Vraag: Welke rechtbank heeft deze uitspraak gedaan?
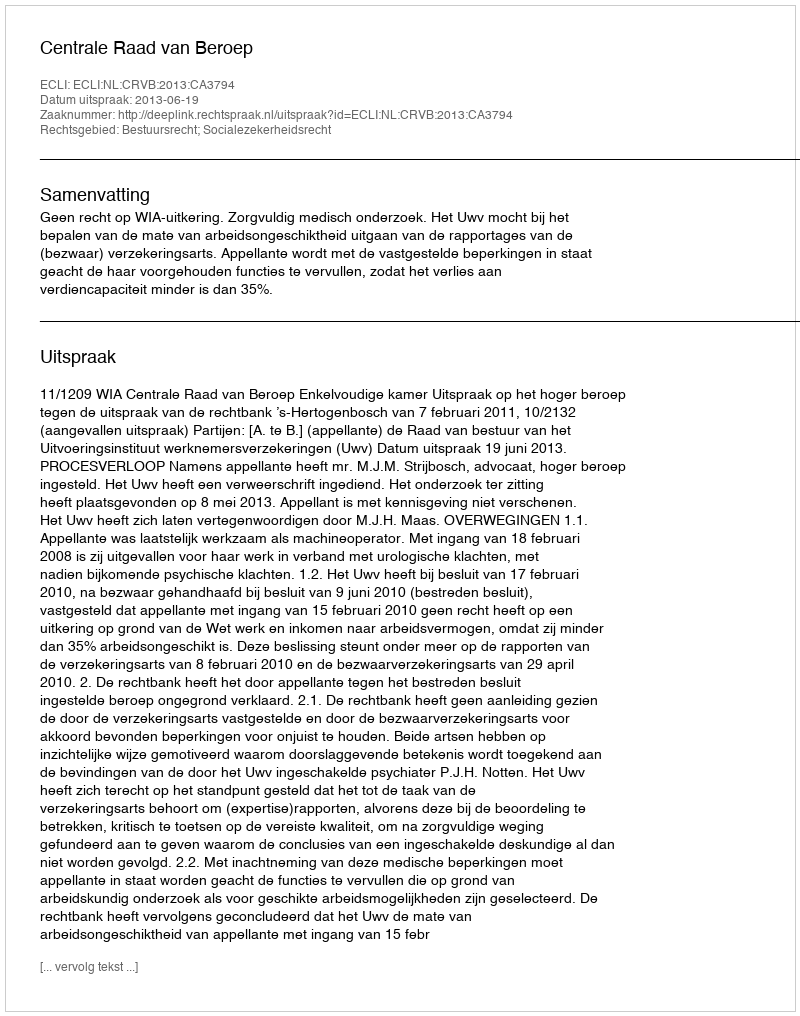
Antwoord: Centrale Raad van Beroep